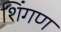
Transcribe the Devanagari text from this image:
शिंगण